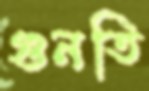
গুনতি